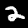
Label: 2